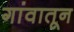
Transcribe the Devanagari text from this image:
गांवातून